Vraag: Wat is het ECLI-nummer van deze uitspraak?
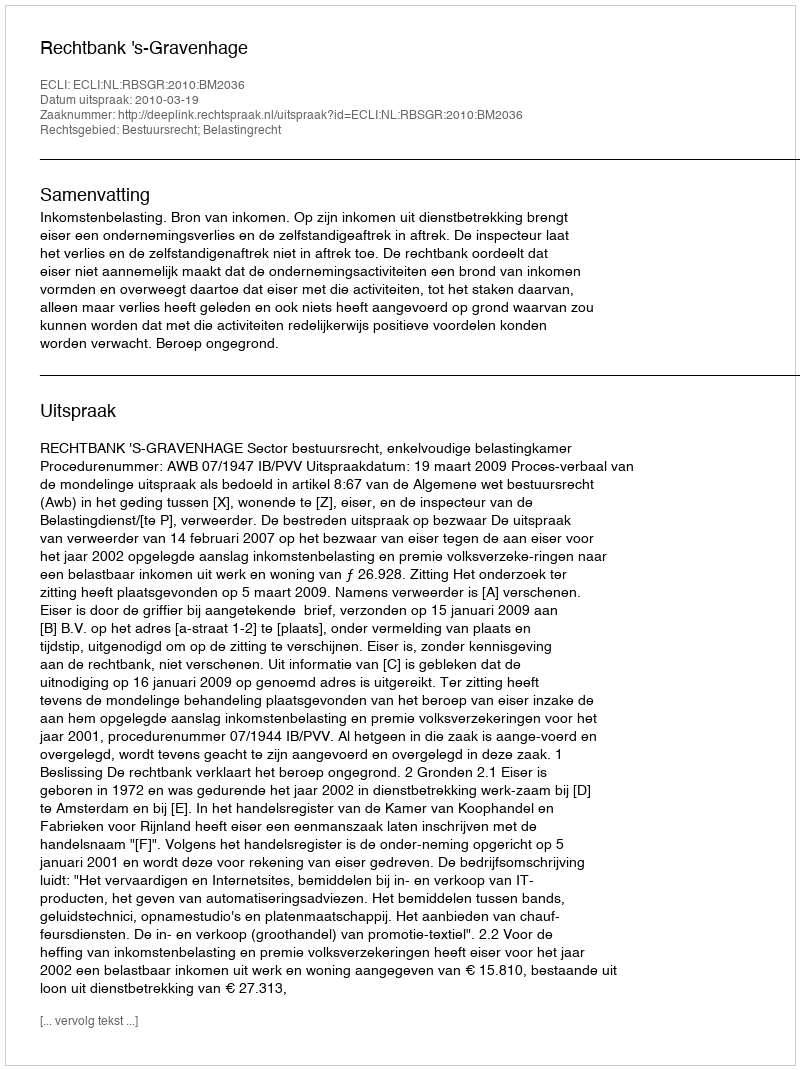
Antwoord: ECLI:NL:RBSGR:2010:BM2036